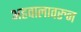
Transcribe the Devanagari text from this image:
अहवालावरुन